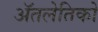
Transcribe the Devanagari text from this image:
ॲतलेतिको